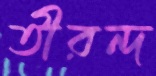
তীরন্দ